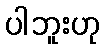
ပါဘူးဟု